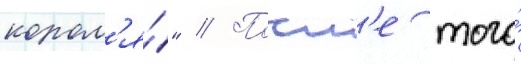
корол'я́" // Посл'е того́